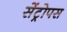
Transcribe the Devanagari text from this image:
सेंट्रोपस